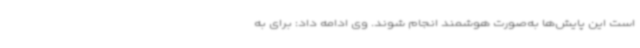
است این پایش‌ها به‌صورت هوشمند انجام شوند. وی ادامه داد:‌ برای به